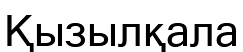
Қызылқала